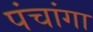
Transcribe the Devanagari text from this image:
पंचांगा